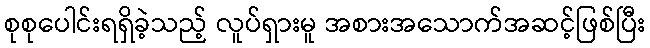
စုစုပေါင်းရရှိခဲ့သည့် လူပ်ရှားမူ အစားအသောက်အဆင့်ဖြစ်ပြီး